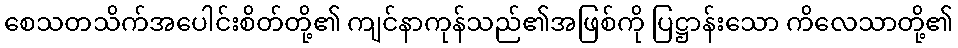
စေသတသိက်အပေါင်းစိတ်တို့၏ ကျင်နာကုန်သည်၏အဖြစ်ကို ပြဋ္ဌာန်းသော ကိလေသာတို့၏